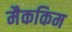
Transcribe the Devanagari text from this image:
मैककिम